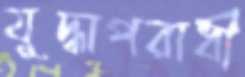
যুদ্ধাপরাধী